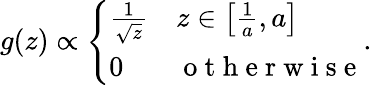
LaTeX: g(z)\propto\left\{ \begin{array}{ll}{\frac{1}{\sqrt{z}}}&{z\in\left[\frac{1}{a},a\right]}\\ {0}&{\mathrm{~o~t~h~e~r~w~i~s~e~}}\end{array}\right..